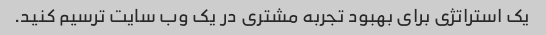
یک استراتژی برای بهبود تجربه مشتری در یک وب سایت ترسیم کنید.